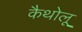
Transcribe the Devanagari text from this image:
कैथोलू